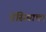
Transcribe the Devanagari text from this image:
ग्रेसियाचा